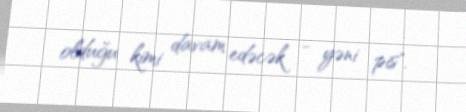
olduğu kimi davam edəcək - yəni pis".